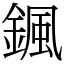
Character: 𩗩